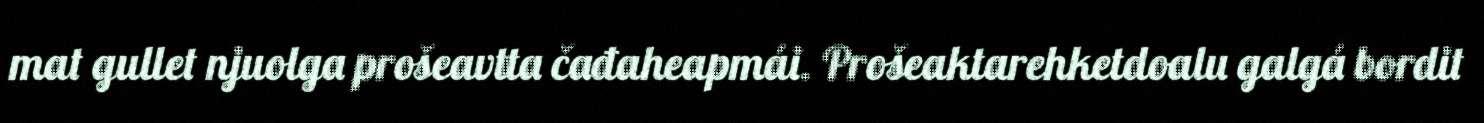
mat gullet njuolga prošeavtta čađaheapmái. Prošeaktarehketdoalu galgá bordit